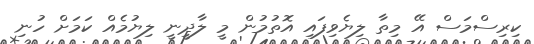
ކިރިސްމަސް އޭ މިތާ ލިޔެވިފައި އޮތުމުން މީ ލާދީނީ ލިޔުމެއް ކަމަށް ހުނި